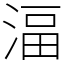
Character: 湢